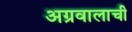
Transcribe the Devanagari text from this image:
अग्रवालाची